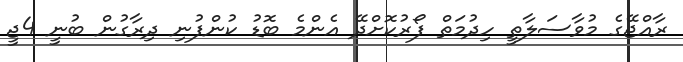
ރާއްޖޭގެ މުވާސަލާތީ ހިދުމަތް ފޯރުކޮށްދޭ އެންމެ ބޮޑު ކުންފުނި ދިރާގުން ބުނީ 4ޖީ